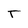
Character: T